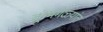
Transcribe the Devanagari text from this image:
कुंभमेळ्यांत